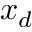
x _ { d }